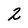
Character: 2